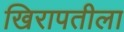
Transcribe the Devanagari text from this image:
खिरापतीला